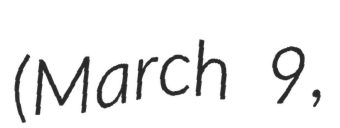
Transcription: (March 9,